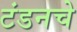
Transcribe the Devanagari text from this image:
टंडनचे